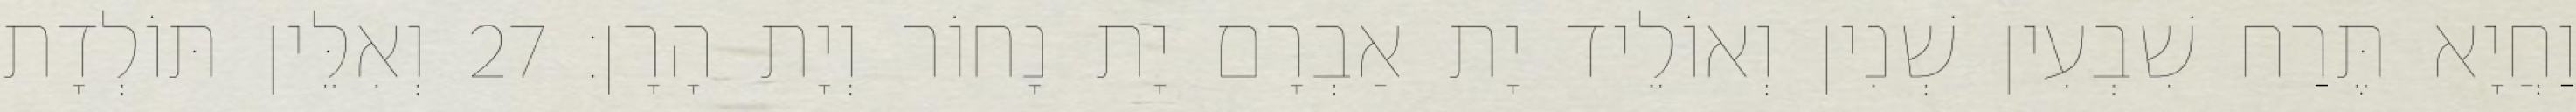
וַחֲיָא תֶּרַח שִׁבְעִין שְׁנִין וְאוֹלֵיד יָת אַבְרָם יָת נָחוֹר וְיָת הָרָן׃ 27 וְאִלֵּין תּוֹלְדָת